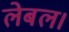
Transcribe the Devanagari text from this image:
लेबल।